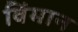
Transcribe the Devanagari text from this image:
विंमान